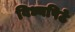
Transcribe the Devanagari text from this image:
विध्यपिठे